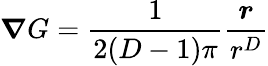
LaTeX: \displaystyle\boldsymbol{\nabla}G=\frac 1{2(D-1)\pi}\frac{\boldsymbol{r}}{r^{D}}